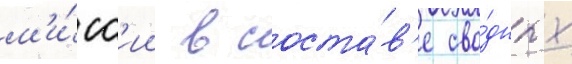
м'и́сс'ии в соста́в'е сво́дных